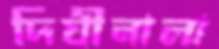
দিঘীনালা